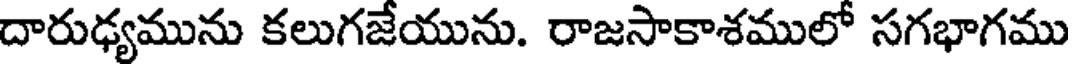
దారుఢ్యమును కలుగజేయును. రాజసాకాశములో సగభాగము